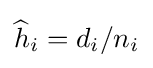
{\widehat {h}}_{i}=d_{i}/n_{i}